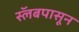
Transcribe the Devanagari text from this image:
स्लॅबपासून